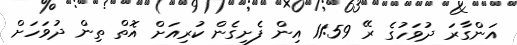
އަންގާރަ ދުވަހުގެ ރޭ 11:59 އިން ފެށިގެން ކުރިއަށް އޮތް ތިން ދުވަހަށް